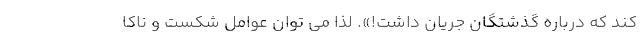
كند كه درباره گذشتگان جريان داشت!». لذا مي توان عوامل شكست و ناكا